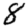
Digit: 8